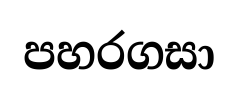
පහරගසා